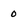
Character: 0